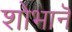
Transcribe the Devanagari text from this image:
शोभानॆ